[Report on the health of British troops in the Madras command]
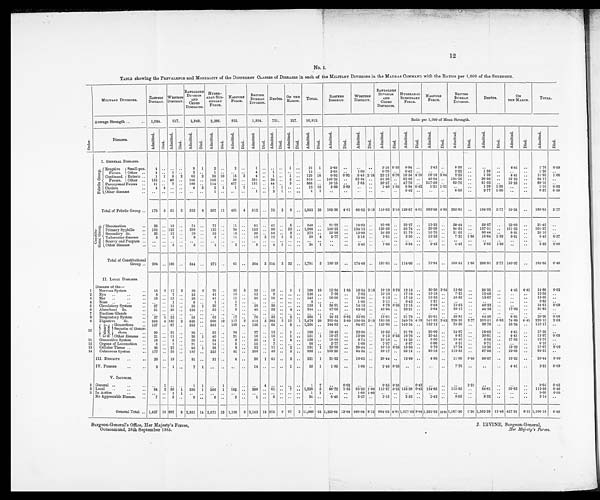
12
No. 3.
TABLE showing the PREVALENCE and MORTALITY Of the DIFFERENT CLASSES Of DISEASES in each of the MILITARY DIVISIONS in the MADRAS COMMAND with the RATIOS per 1, 000 of the STRENGTH.
O r d e r .
MILITARY DIVISIONS.
EASTERN
DISTRICT.
WESTERN DISTRICT.
BANGALORE
DIVISION
AND
CEDED
DISTRICTS.
HYDER-
ABAD SUB-
SIDEARY
FORCE.
NAGPORE
FORCE.
BRITISH
BUR MAH
DIVISION.
D E P Ô T S .
ON THE
MARCH.
TOTAL.
EASTERN
DISTRICT.
WESTERN
DISTRICT.
BANGALORE
DIVISION
AND
CEDED
DISTRICTS.
HYDERABAD
SUBSIDIARY
FORCE.
, NAGP OR E
FORCE.
BRITISH
BURMAH
DIVISION.
DEPÔTS.
ON
THE MARCH.
TOTAL.
Average Strength ..
.. 1,084.
917.
2,848.
2,386.
825.
1,804.
721.
227.
10,812.
Ratio per 1,000 of Mean Strength.
Diseases.
A d m i t t e d .
Di e d.
A d m i t t e d .
Di e d.
Admi t t e d.
Di ed.
Admi t t ed.
Di e d .
Admi t t ed.
Di e d .
Ad mi t t e d .
Di ed.
Admi t t ed.
Di ed.
Admi t t ed.
Di ed.
Ad mi t t e d .
Di ed.
Admi t t ed.
Died.
Admi t t e d.
Died.
Admi t t ed.
Died.
Admi t t ed.
Died.
Admi t t ed.
Died.
Admi t t ed.
Died.
Admi t t ed.
Di ed.
Admi t t ed.
D i e d .
Admi t t ed.
Died.
I. GENERAL DISEASES.
F e b r i l e G r o u p . Erupti ve
Fevers.
Small-pox.
4
. . .. ..
9 1
2 ..
2
. .
1
. . ..
. . 1 ..
19 1
3 . 6 9 ..
. . ..
3.16
0 . 3 5
0.84 . .
2.42 ..
0.55
. .
..
..
4.41 ..
1.76 0.09
Other ..
4 ..
1 ..
2
. .
1
. .
. . . .
4
. . 1
. .
. . ..
13 ..
3 . 6 9 . .
1 . 0 9 ..
0.70 . .
0.42 . .
.. ..
2.22
. .
1.39
. . ..
..
1.20 ..
Continued
Fevers.
Enteric ..
1 1 5 2
63 2
39 10
15 3
4
. . 1
. .
1 ..
129 18
0.92
0 . 9 2 5.45
2.18 22.12
0 . 7 0 16.34
4 . 1 9 18.18 3.64 2.22
. .
1.39
. . 4.41
..
11.93
1 . 6 6
Other .. 152 .. 48
. . 146 ..
148 . .
36 ..
351
. . 26 ..
3 ..
910 .. 140.22 ..
5 2 . 3 4 ..
51.26 ..
62.03 . . 43.64 ..
194.56 _
..
36.06 ..
13.22 ..
84.17 ..
Paroxysmal Fevers ..
11
. . 7 ..
109
.. 114 .. 427
. . 151 .. 44
. . 3 ..
8 6 6 . .
1 0 . 1 5
. .
7 . 6 3 ..
38.27 . .
47.78 ..
517.58 ..
8 3 . 7 0
. .
6 1 . 0 3
. .
1 3 . 2 2
..
80.10 ..
C h o l e r a . . .
4 4 .. ..
4 3
2 1
1
1
. .
. . 1 1
.. ..
1 2 1 0
3 . 6 9
3 . 6 9
. .
. .
1 . 4 0 1 . 0 5
0.84 0 . 4 2
1 . 2 1 1.21
..
..
1.39 1.39
. .
. . 1.10 0.92
Other diseases ...
. .
. .
. .
. .
. . ..
1
. .
.. . .
1
.. 2
1
. . ..
4
1
. .
. .
. .
. .
. . . . 0.42
..
.. .. 0.55
. .
2.77
1.39 ..
.. 0.37
0.09
Total of Febrile Group .. 176 5 61 2 333 6 307 11 481 4 512 .. 75 2
8
.. 1,953 30 162.36 4.61 66.52 2.18 116.92 2.10 128.67 4.61 583.03 4.85 283.81 ..
104.02 2.77 35.24
..
180.63 2.77
Constitu- t i onal Group.
Rheumatism
..
23 .. 18 ..
74 ..
77 ..
11 ..
91 .. 41 ..
5 ..
340 ..
21.22 ..
19.63 ..
25.98 .. 32.27 .
13.33 ..
50.44 ..
56.87 ..
22.03 ..
31.45 ..
Primary Syphilis
.. 152 .. 123 ..
389 ..
133 ..
24 ..
153 .. 99 .. 23 .. 1,096 .. 140.22 .. 134.13 .. 136.59 .. 55.74 ..
29.09 ..
84.81 ..
137.31 ..
101.32 ..
101.37 ..
Secondary do.
..
26 .. 12 ..
70 ..
52 ..
13 ..
39 .. 58 ..
2 ..
272 ..
23.98 ..
13.09 ..
24.58 ..
21.79 ..
15.76 ..
21.62 ..
80.44 ..
8.81
..
25.16 ..
Tubercular diseases ..
3 .. 2 ..
8 ..
8 ..
11 ..
13 3
12 1 2 .. 59
4 2.77
.. 2.18
.. 2.81
.. 3.35 .. 13.33 .. 7.21 1.66 16.64 1.39 8.81 ..
5.45
0.37
Scurvy and Purpura ..
.. .. .. ..
..
..
..
..
..
..
..
.. .. .. .. ..
..
..
..
..
.. ..
..
..
..
..
..
..
..
..
..
..
..
..
..
..
Other diseases ..
..
.. 5 ..
3 ..
2 ..
2 ..
8
.. 4 1
.. ..
24
1
..
..
5.45
..
1.05
.. 0.84 .. 2.42
.. 4.43 ..
5.55
1.39 ..
..
2.22
0.09
Total of Constitutional
Group .. 204 .. 160 ..
544 ..
272 ..
61 ..
304 3 214 2 32 .. 1,791 5 188.19 ..
174.48 .. 191.01 .. 114.00 ..
73.94 .. 168.51 1.66 296.81 2.77 140.97 ..
165.65 0.46
II. LOCAL DISEASES.
Diseases of the―
1
Nervous System
..
15 2 17 2
29 2
29 ..
25 3
25 .. 19 ..
1 1 160 10
13.84 1.85
1 . 8 5 2.18 10.18 0.70 12.15 ..
30.30 3.64 13.86 ..
26.35 ..
4.41 4 .41
14.80
0 . 9 2
2
Eye ..
. . . .
8 .. 7
. .
43 ..
41
. .
15 ..
13
. . 9 .. ..
.. 136 ..
7.38
. .
7.63 .. 15.10
.. 17.18 .. 18.18
..
7.21 ..
12.48 ..
..
. . 12.58
..
3
Ear ..
..
..
18 .. 12 ..
26
. .
41 ..
11 ..
30 .. 10 .. ..
.. 148 ..
16.60 ..
13.09 ..
9.13 .. 17.18 ..
13.33 .. 16.63
..
13.87
. .
..
..
13.69
..
4
Nose. .. .. ..
. . . . 1
. .
6
. .
1 ..
1 ..
. .
. . ..
. . . . ..
9
. .
. .
. .
1 . 0 9 ..
2.11 ..
0.42 ..
1.21 . .
..
. .
. . . .
..
. . 0.83
. .
5
Circulatory System
..
27 .. 13 ..
25 1
29
. .
7 ..
28 .. 29
. .
. . ..
158 1
24.91 ..
14.18 ..
8.78 0.35 12.15 ..
8.48 ..
1 5 . 5 2 ..
40.22
..
. .
. . 14.61
0.09
6
Absorbent do. . . 51 .. 39 ..
122 ..
53
. .
3 ..
40 .. 32 .. 4 ..
344 ..
47.05 ..
42.53 ..
42.84 .. 22 . 21 .. 3.64
..
22.17 ..
44.38
. .
17.62 .. 31.82
..
7
Ductless Glands ..
. . . .
. .
. .
. . ..
. .
. .
. .
. .
. .
. . ..
. .
. . ..
. . . .
. .
. . . .
. .
. .
. .
. .
. .
. .
. .
..
. .
. .
. . ..
. .
..
..
8
Respiratory System
..
37 1 22 ..
53
. .
52
. .
17 ..
70 .. 32 ..
2
. . 285 1
34.13 0.92 23.99 ..
18.61 .. 21.79 . . 20.61 . . 38.81
. .
44.38
. . 8.81
. . 26.36 0.09
9
Digestive
do.
..
3 5 4 180 2 520
. . 596 10 117 2 412 5 283 5 17 1 2,478 29 325.64 3.69 196.29 2.18182.58 .. 249.79
4 . 1 9
141.82 2.42228.38
2 . 7 7
392.516.93 74.89
4.41 229.19 2.68
10
U r i n a r y s y s t e m .
G o n o r r h œ a . . 157
. . 87 ..
353
. . _ 342 ..
109 ..
136 .. 64 ..
8
. . 1,256 .. 144.83 ..
94.87 .. 123.95 .. 143.34 . .
132.12 ..
75.39 ..
88.76
. . 35.24 .. 116.17..
S e q u e l æ o f G o n o r -
rhœa ..
20
. . 21
. . 30
..
52
..
24 ..
27
. . 13 ..
1 ..
188
. .
18.45
. .
22.90 . .
10.53 . .
21.79 ..
29.09 ..
14.97 ..
18.03 ..
4.41
. . 17.39
. .
Other diseases ..
2 1 . . 11
. .
26 1
40
. .
21 ..
16 .. 15 ..
1 ..
151
1 19.37 ..
12.00
. . 9.13
0 . 3 5 16.76 ..
25.45 .. 8.87
. .
20.81 ..
4.41 ..
13.97
0 . 0 9
11
Generative System
..
18 .. 8
. .
29
. .
34 ..
5
35 ..
5 ..
4 ..
138
. .
1 6 . 6 0
. .
8 . 7 2 . .
1 0 . 1 8 . .
1 4 . 2 5 ..
6.06 ..
19.40 ..
6.93
. .
1 7 . 6 2 ..
12.76 ..
12
Organs of Locomotion. . .
3
. . 1
. . 21 ..
14 ..
5 ..
1 5
. .7
..
. . ..
6 6 ..
2 . 7 7 ..
1 . 0 9 ..
7.37 0.35
5.87
. . 6.06 ..
8.31
. . 9.71 ..
..
..
6.10 ..
13
Cellular Tissue ..
..
26
. . 27
. . 46 1
38 ..
8 ..
32
. . 11 ..
3
. . 191 1
23.99 ..
29.44 . . 16.15
0 . 3 5
15.93 ..
9.70 .. 17.74 ..
15.26 ..
13.22 ..
17.67 0.09
14
Cutaneous System
. . 177 .. 59
. . 197
.. 227 ..
81 ..
203 .. 49 ..
5 ..
998 .. 163.28
. .
64.34 . .
69.17 .. 95.14 .. 93.18
.. 112.53 .. 67.96
. . 22.03
.. 92.31
..
III. DEBILITY
..
..
23 .. 18 ..
81 ..
31 ..
4 ..
20 1 41 ..
3 ..
221 1
21.22 ..
19.63 . .
28.44 .. 12.99 ..
4.85 ..
11.09 0.55
56.87 ..
13.22 ..
20.44
0.09
IV. POISONS. ..
..
2
. . 1 ..
7 1
..
..
..
..
14 .. .. ..
1 ..
25 1
1.85 ..
1.09 . .
2.46 0.35 ..
..
..
..
7.76 ..
114
..
4.41
. .
2.31 0.09
V. INJURIES.
1 General ..
..
. . 1
. .
. .
1 1
..
1
. .
. .
. .
4 ..
. .
. . ..
1 7
..
0.92
..
. .
0.35 0.35 .. 0.42 ..
.. ..
2.21
. . . .
..
. .
0 . 0 9 0.65
2 Local
..
.. . . 94 2 58 1 330 1 366 1 103 ..
209 .. 61 ..
7 .. 1,228 5
86.72 1.85 63.25 1.09 115.87
0 . 3 5
1 5 3 . 3 9 0.42124.85 .. 115.85 ..
84.61 .. 30.83
..
113.58 0.46
3 In Action .. ..
. . . .
1
1
. .
..
. .
. .
. . . .
. .
. . ..
. . . . ..
1 1
. .
. .
1 . 0 9 1.09 . .
..
. .
..
. . ..
..
. .
..
.. ..
. .
0 . 0 9
0 . 0 9
No Appreciable Disease.
. . .
7 .. 3 ..
9 ..
6 ..
2 ..
1 ..
6 ..
. . ..
3 4
. .
6.46 ..
3 . 2 7
..
3.16
. .
2 . 5 2
..
2.42
. .
0.55
..
8 . 3 2
..
. .
. . 3.14
..
General Total .. 1,437 15 807 8 2,831 14 2,571 23 1,100 9 2,142 13 975 9 97 2 11,960 93 1,325.64 13.84 880.04 8.72 994.03 4.91 1,077.53 9.64 1,333.33 10.91 1,187.36 7.20 1,352.28 12.48 427.31 8.31 1,106.18 8.60
Sur ge on- Ge ne r a l ' s Of f i c e , He r Ma j e s t y' s For c e s , J . I RVI NE, Sur ge on- Ge ne r a l ,
Ootacamund, 28th September 1885.
Her Maj esty' s Forces.